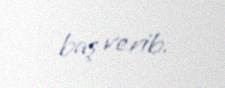
baş verib.